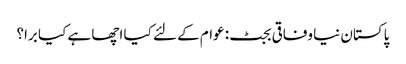
پاکستان نیا وفاقی بجٹ: عوام کے لئے کیا اچھا ہے کیا برا؟